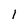
Character: I